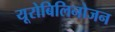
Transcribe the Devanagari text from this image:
यूरोबिलिनोजन